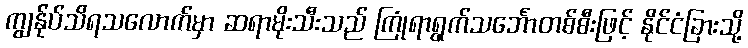
ကျွန်ုပ်သိရသလောက်မှာ ဆရာမိုးသီးသည် ကြုံရာရွက်သင်္ဘောတစ်စီးဖြင့် နိုင်ငံခြားသို့